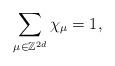
LaTeX: \begin{align*}\sum_{\mu \in \mathbb{Z}^{2d}} \chi_\mu = 1,\end{align*}